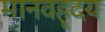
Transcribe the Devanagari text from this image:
मानवहृदय